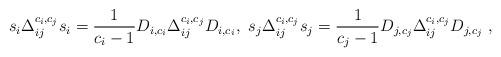
LaTeX: \begin{align*}s_i\Delta_{ij}^{c_i,c_j}s_i=\frac{1}{c_i-1}D_{i,c_i}\Delta_{ij}^{c_i,c_j}D_{i,c_i},~s_j\Delta_{ij}^{c_i,c_j}s_j=\frac{1}{c_j-1}D_{j,c_j}\Delta_{ij}^{c_i,c_j}D_{j,c_j} \ ,\end{align*}